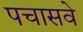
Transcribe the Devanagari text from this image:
पचासवे